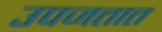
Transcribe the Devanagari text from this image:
उपजतात